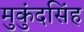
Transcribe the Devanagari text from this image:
मुकुंदसिंह